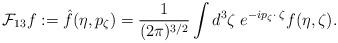
LaTeX: \begin{align*} \mathcal{F}_{13} f := \hat f(\eta, p_\zeta) = \frac 1{(2 \pi )^{3/2}} \int d^3\zeta \; e^{-ip_\zeta \cdot \; \zeta} f(\eta, \zeta) .\end{align*}